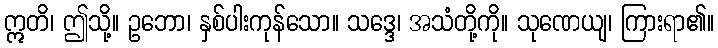
ဣတိ၊ ဤသို့။ ဥဘော၊ နှစ်ပါးကုန်သော။ သဒ္ဒေ၊ အသံတို့ကို။ သုဏေယျ၊ ကြားရာ၏။